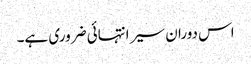
اس دوران سیر انتہائی ضروری ہے۔